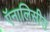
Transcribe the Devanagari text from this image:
ऍनालिसीस